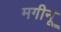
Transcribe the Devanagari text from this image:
मगीनू